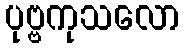
ပုဗ္ဗကုသလော